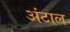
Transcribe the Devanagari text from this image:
अंटाल